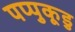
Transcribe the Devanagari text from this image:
पप्पुकूडु